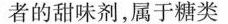
者的甜味剂，属于糖类